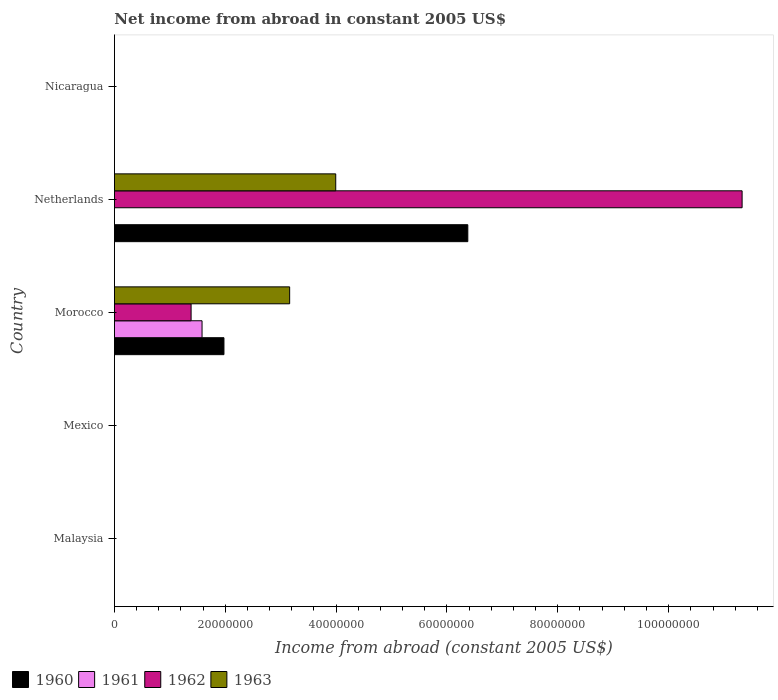
| Country | 1960 | 1961 | 1962 | 1963 |
 | --- | --- | --- | --- | --- |
 | Malaysia | -8.17e+07 | -6.17e+07 | -4.64e+07 | -5.59e+07 |
 | Mexico | -3.74e+08 | -3.85e+08 | -3.86e+08 | -4.3e+08 |
 | Morocco | 1.98e+07 | 1.58e+07 | 1.38e+07 | 3.16e+07 |
 | Netherlands | 6.38e+07 | -3.16e+06 | 1.13e+08 | 3.99e+07 |
 | Nicaragua | -5.8e+06 | -6.6e+06 | -7.56e+06 | -7.63e+06 |